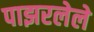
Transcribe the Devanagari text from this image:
पाझरलेले